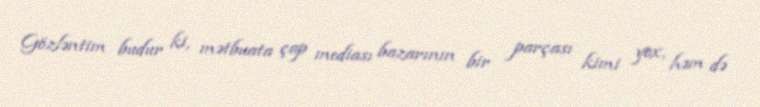
Gözləntim budur ki, mətbuata çap mediası bazarının bir parçası kimi yox, həm də